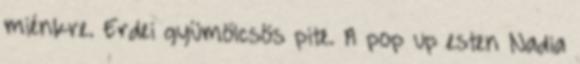
miénkre. Erdei gyümölcsös pite. A pop up esten Nadia